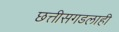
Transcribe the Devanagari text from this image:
छत्तीसगडलाही